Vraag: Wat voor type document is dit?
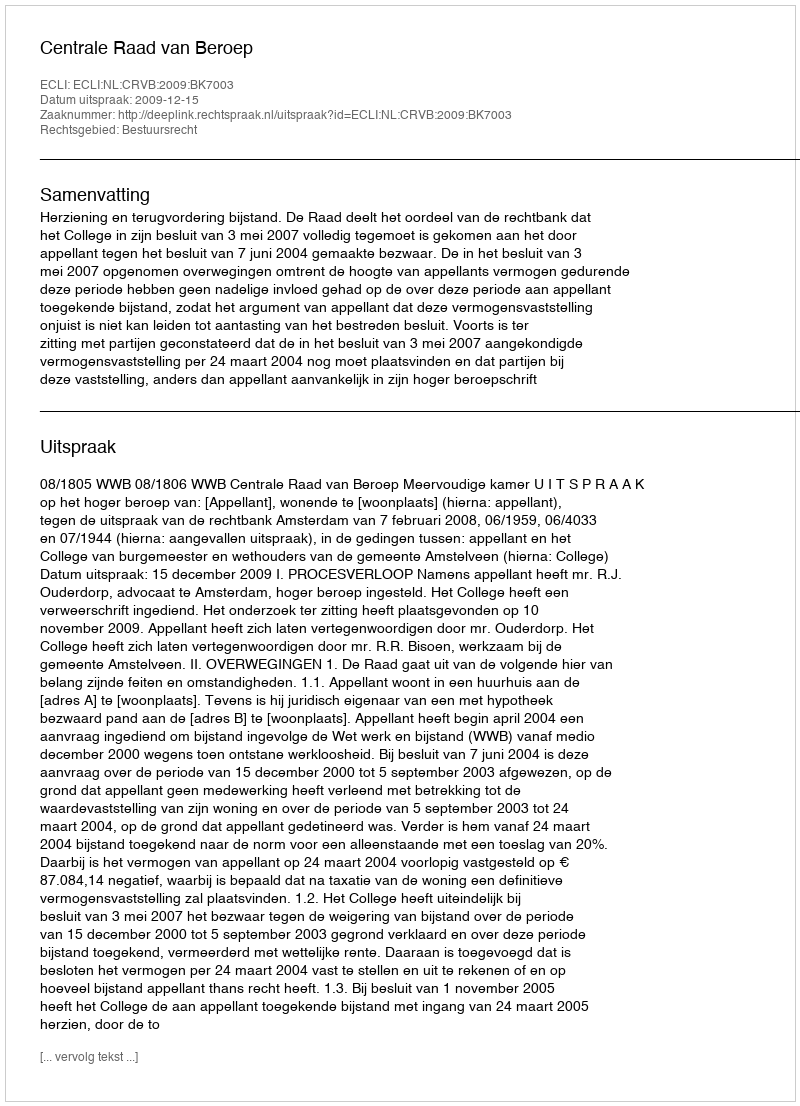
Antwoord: Uitspraak